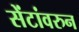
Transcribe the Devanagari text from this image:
सेंटांवरुन